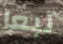
تبعا